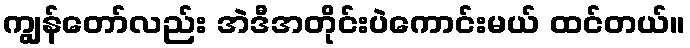
ကျွန်တော်လည်း အဲဒီအတိုင်းပဲကောင်းမယ် ထင်တယ်။